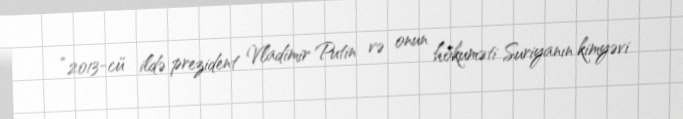
“2013-cü ildə prezident Vladimir Putin və onun hökuməti Suriyanın kimyəvi